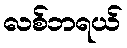
လစ်ဘရယ်